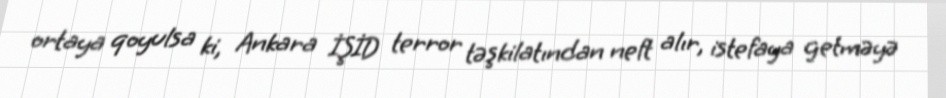
ortaya qoyulsa ki, Ankara İŞİD terror təşkilatından neft alır, istefaya getməyə